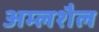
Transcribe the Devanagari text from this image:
अम्लशैल